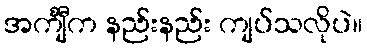
အင်္ကျီက နည်းနည်း ကျပ်သလိုပဲ။